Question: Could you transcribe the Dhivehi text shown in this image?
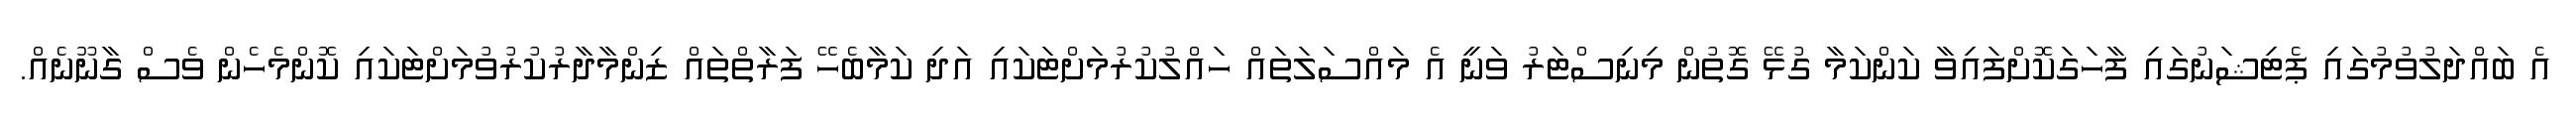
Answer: އެ ބައްދަލުވުމުގައި ޕެޓިޝަނުގައި ފާހަގަކޮށްފައިވާ ކަންކަމާ ގުޅޭ ގޮތުން މިނިސްޓަރު ވަނީ އެ މައްސަލަތައް ހައްލުކުރުމަށްޓަކައި އަދި ކަމާބެހޭ ފަރާތްތައް ޒިންމާދާރުކުރުވުމަށްޓަކައި ކޮންމެހެން ވެސް ގާނޫނެއް.